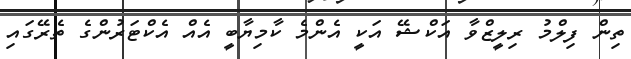
ތިން ފިލްމު ރިލީޒްވާ އަކްޝޭ އަކީ އެންމެ ކާމިޔާބީ އެއް އެކްޓަރުންގެ ތެރޭގައި